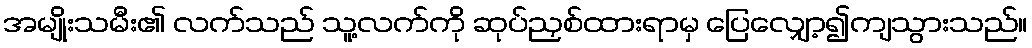
အမျိုးသမီး၏ လက်သည် သူ့လက်ကို ဆုပ်ညှစ်ထားရာမှ ပြေလျှော့၍ကျသွားသည်။